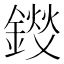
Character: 𫒽